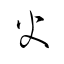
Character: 火